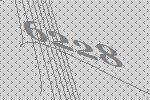
6228